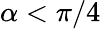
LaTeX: \alpha<\pi/4